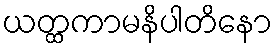
ယတ္ထကာမနိပါတိနော